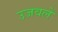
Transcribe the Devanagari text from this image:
उजवलें